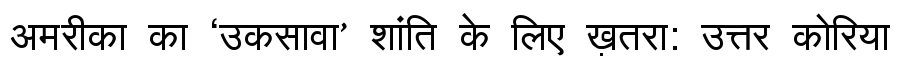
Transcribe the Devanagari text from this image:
अमरीका का ‘उकसावा’ शांति के लिए ख़तरा: उत्तर कोरिया